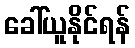
ခေါ်ယူနိုင်ရန်